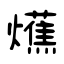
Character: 爑